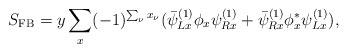
\begin{align*}S_{\mathrm{FB}}=y\sum_x (-1)^{\sum_\nu x_\nu}(\bar\psi^{(1)}_{Lx}\phi_x\psi^{(1)}_{Rx}+\bar\psi^{(1)}_{Rx}\phi_x^*\psi^{(1)}_{Lx}),\end{align*}